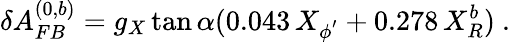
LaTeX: \delta A_{FB}^{(0,b)}=g_{X}\tan\alpha(0.043\, X_{\phi^{'}}+0.278\, X_{R}^{b})~.